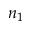
n _ { 1 }